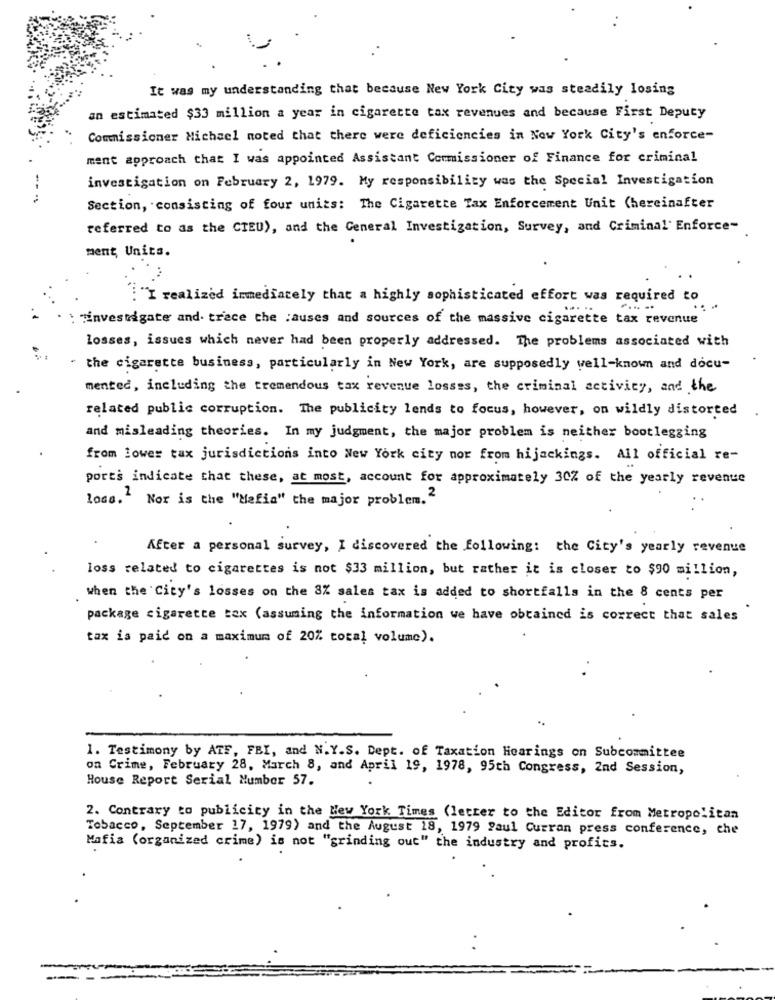
..
It was my understanding that because New York City was steadily losing
an estimated $33 million a year in cigarette tax revenues and because First Deputy
Commissioner Michael noted that there were deficiencies in New York City's enforce-
ment approach that I was appointed Assistant Commissioner of Finance for criminal
investigation on February 2, 1979. My responsibility was the Special Investigation
Section, consisting of four units: The Cigarette Tax Enforcement Unit (hereinafter
referred to as the CTEU), and the General Investigation, Survey, and Criminal' Enforce-
ment, Units.
:"I realized immediately that a highly sophisticated effort was required to
"investigate and trace the causes and sources of the massive cigarette tax revenue
losses, issues which never had been properly addressed. The problems associated with
" the cigarette business, particularly in New York, are supposedly well-known and docu-
mented, including the tremendous tax revenue losses, the criminal activity, and the
related public corruption. The publicity lends to focus, however, on wildly distorted
and misleading theories. In my judgment, the major problem is neither bootlegging
from lower tax jurisdictions into New York city nor from hijackings. All official re-
ports indicate that these, at most, account for approximately 3CZ of the yearly revenue
loss." Nor is the "Mafia" the major problem.2
After a personal survey, I discovered the following: the City's yearly revenue
loss related to cigarettes is not $33 million, but rather it is closer to $90 million,
when the City's losses on the 3% sales tax is added to shortfalls in the 8 cents per
package cigarette tax (assuming the information we have obtained is correct that sales
tax is paid on a maximum of 20% total volume).
1. Testimony by ATF, FBI, and N.Y.S. Dept. of Taxation Hearings on Subcommittee
on Crime, February 28, March 8, and April 19, 1978, 95th Congress, 2nd Session,
House Report Serial Mumber 57.
2. Contrary to publicity in the New York Times (letter to the Editor from Metropolitan
Tobacco, September 17, 1979) and the August 18, 1979 Paul Curran press conference, che
Mafia (organized crime) is not "grinding out" the industry and profits.